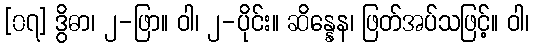
[၀၇] ဒွိဓာ၊ ၂-ဖြာ။ ဝါ၊ ၂-ပိုင်း။ ဆိန္နေန၊ ဖြတ်အပ်သဖြင့်။ ဝါ၊